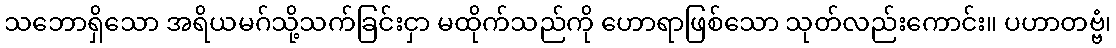
သဘောရှိသော အရိယမဂ်သို့သက်ခြင်းငှာ မထိုက်သည်ကို ဟောရာဖြစ်သော သုတ်လည်းကောင်း။ ပဟာတဗ္ဗံ၊